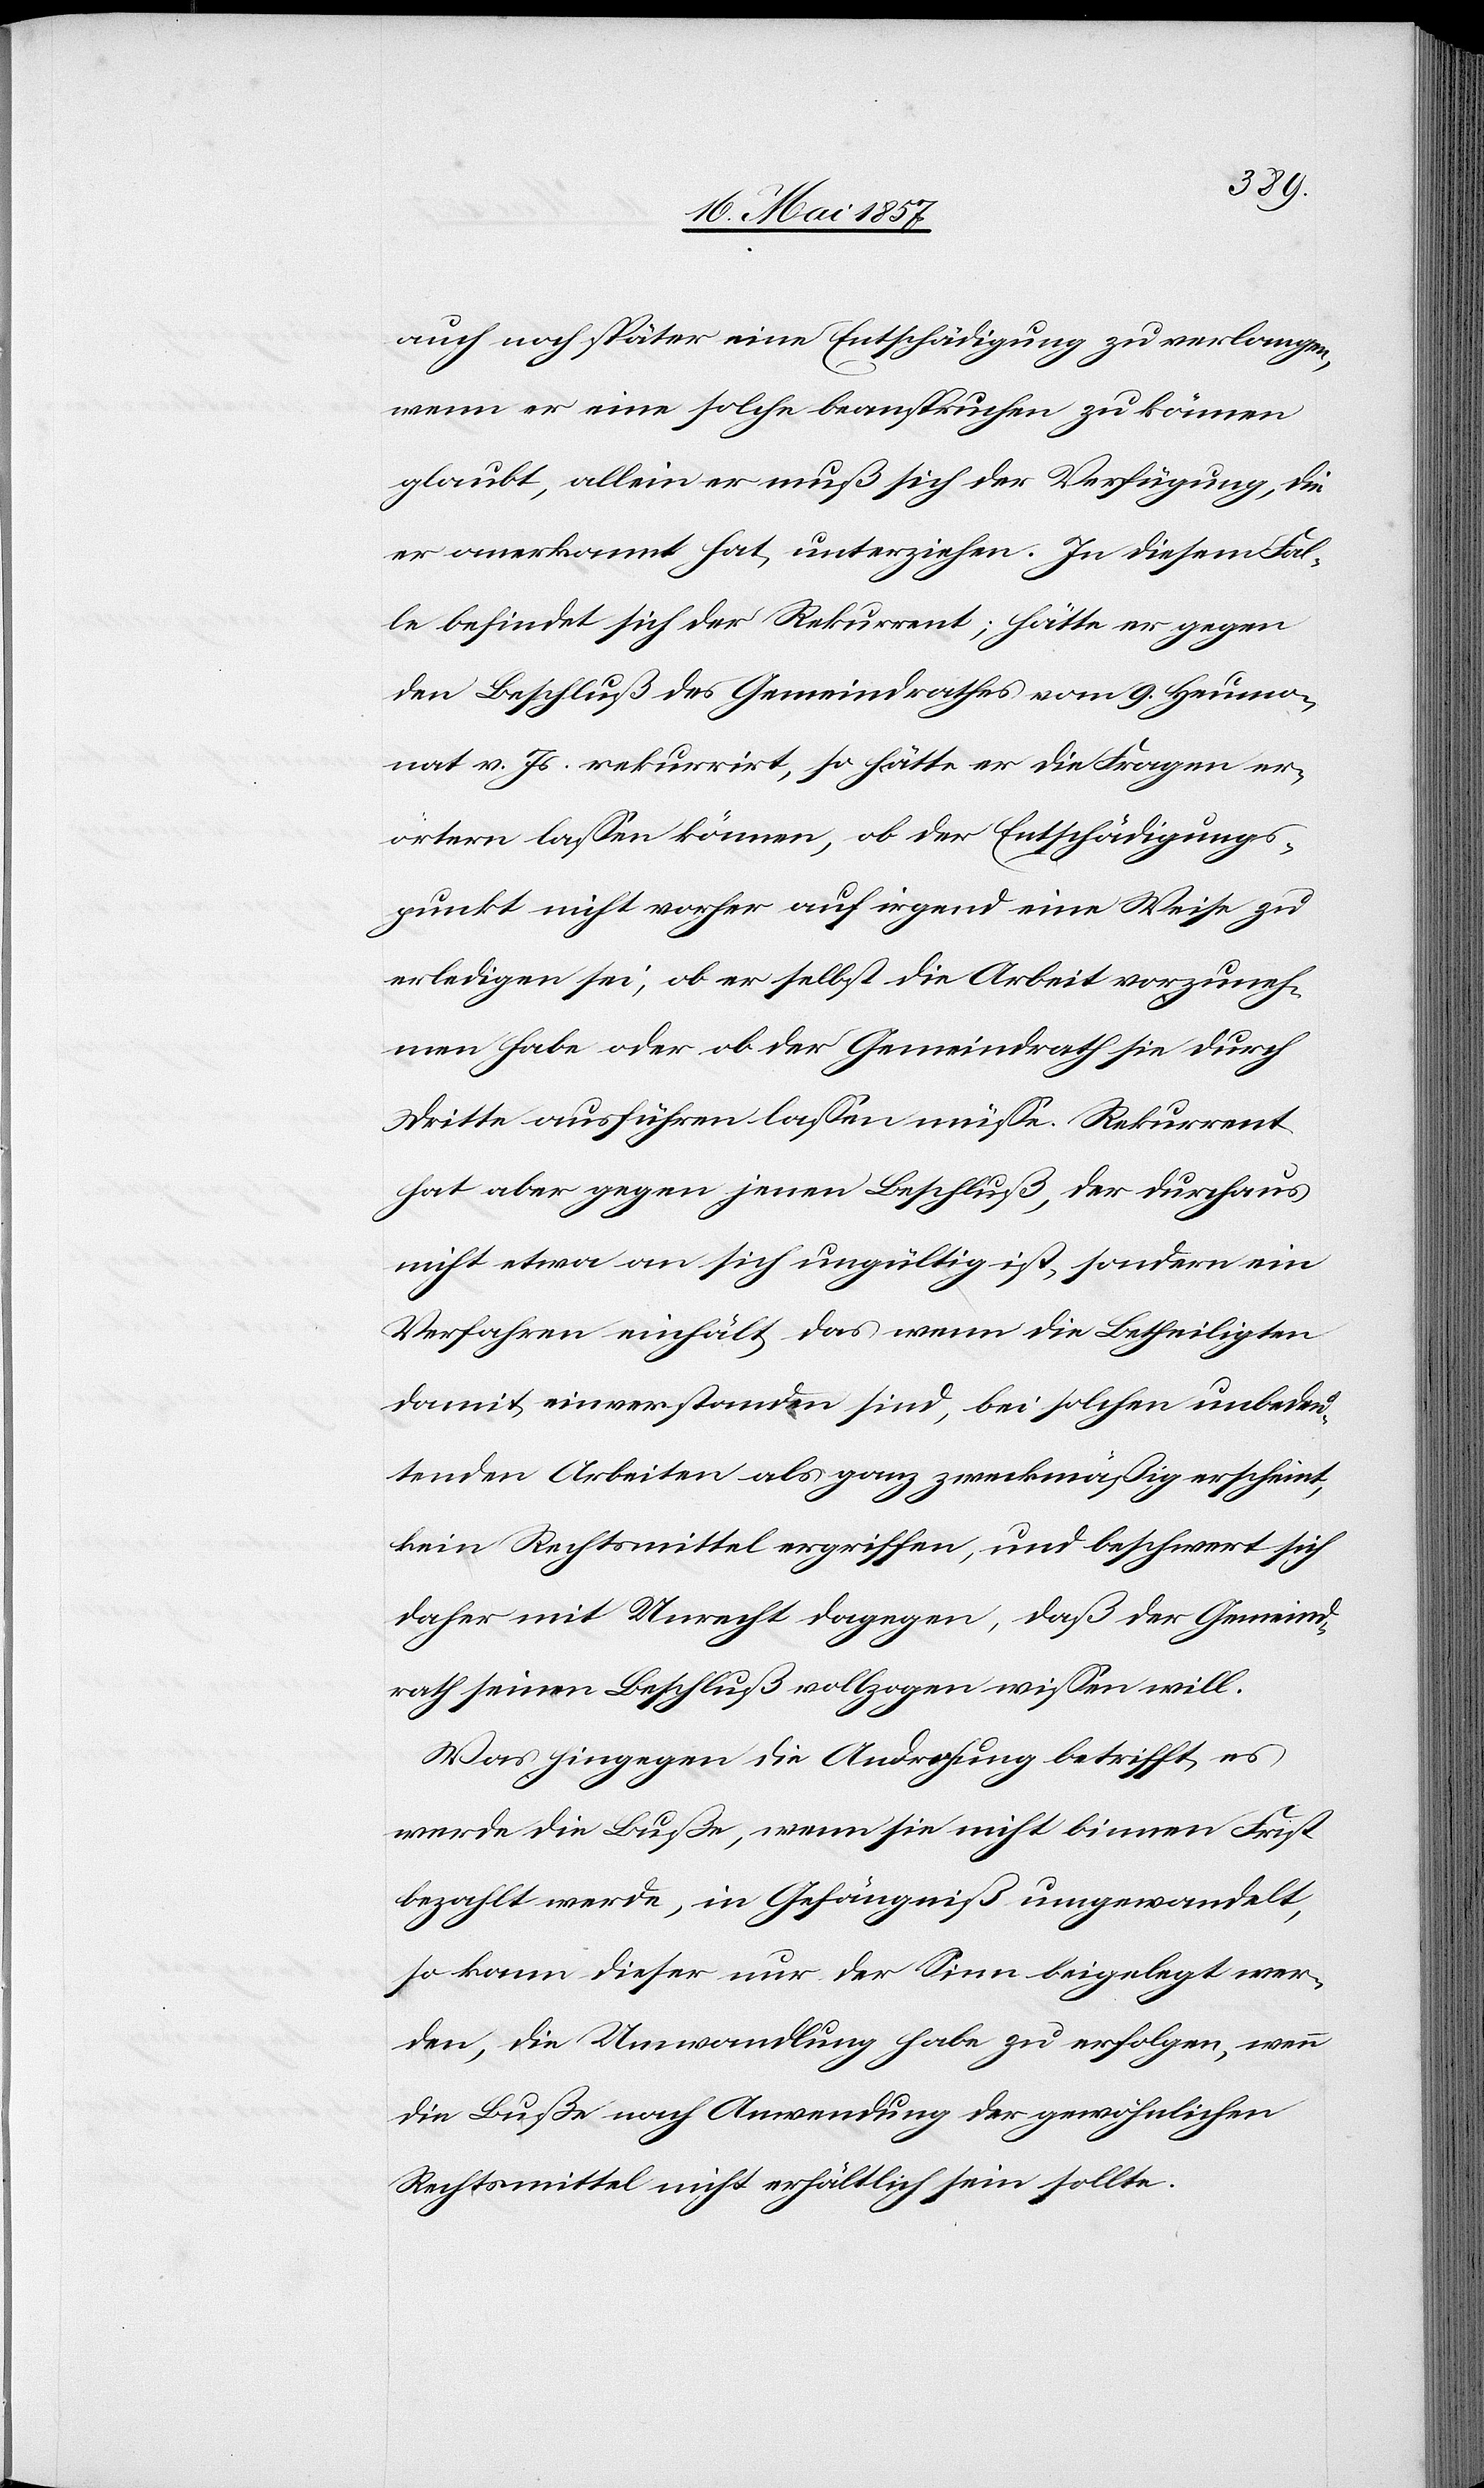
auch noch später eine Entschädigung zu verlangen,
wenn er eine solche beanspruchen zu können
glaubt, allein er muß sich der Verfügung, die
er anerkannt hat unterziehen. In diesem Fal¬
le befindet sich der Rekurrent; hätte er gegen
den Beschluß des Gemeindrathes vom 9 Heumo¬
nat v. Js. rekurrirt, so hätte er die Fragen er¬
örtern lassen können, ob der Entschädigungs¬
punkt nicht vorher auf irgend eine Weise zu
erledigen sei, ob er selbst die Arbeit vorzuneh¬
men habe oder ob der Gemeindrath sie durch
Dritte ausführen lassen müsse. Rekurrent
hat aber gegen jenen Beschluß, der durchaus
nicht etwa an sich ungültig ist, sondern ein
Verfahren einhält das wenn die Betheiligten
damit einverstanden sind, bei solchen unbedeu¬
tenden Arbeiten als ganz zweckmäßig erscheint,
kein Rechtsmittel ergriffen, und beschwert sich
daher mit Unrecht dagegen, daß der Gemeind¬
rath seinen Beschluß vollzogen wissen will.
Was hingegen die Androhung betrifft es
werde die Buße, wenn sie nicht binnen Frist
bezahlt werde, in Gefängniß umgewandelt,
so kann dieser nur der Sinn beigelegt wer¬
den, die Umwandlung habe zu erfolgen, wenn
die Buße nach Anwendung der gewöhnlichen
Rechtsmittel nicht erhältlich sein sollte.